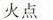
火点